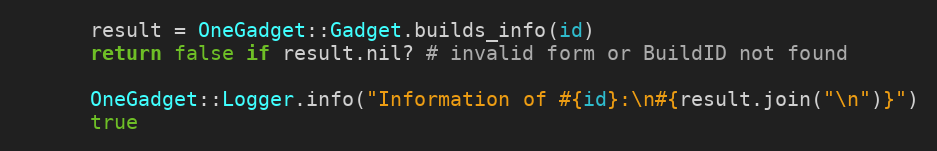
Language: Ruby
      result = OneGadget::Gadget.builds_info(id)
      return false if result.nil? # invalid form or BuildID not found

      OneGadget::Logger.info("Information of #{id}:\n#{result.join("\n")}")
      true